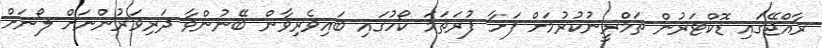
ރާއްޖޭގައި ޑޮކްޓަރުން ތަމްރީނުކުރުމަށް ފަށާ ފުރަތަމަ ކޯހުގައި ބައިވެރިވާން ބޭނުންވާ ދަރިވަރުންނަށް ލޯނަށް